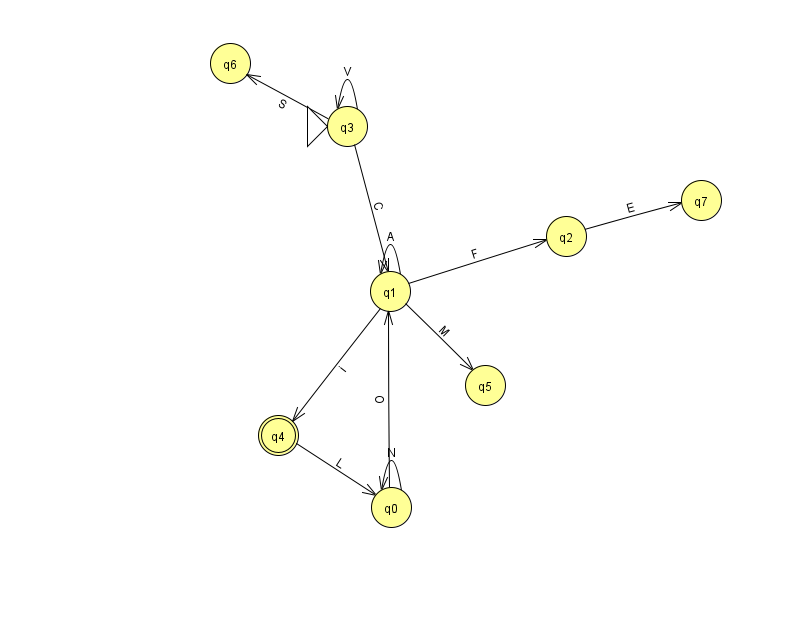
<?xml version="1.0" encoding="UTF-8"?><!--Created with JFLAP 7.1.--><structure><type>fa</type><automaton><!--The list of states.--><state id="0" name="q0"><x>391.0</x><y>494.0</y></state><state id="1" name="q1"><x>390.0</x><y>278.0</y></state><state id="2" name="q2"><x>566.0</x><y>223.0</y></state><state id="3" name="q3"><x>347.0</x><y>113.0</y><initial/></state><state id="4" name="q4"><x>278.0</x><y>422.0</y><final/></state><state id="5" name="q5"><x>485.0</x><y>372.0</y></state><state id="6" name="q6"><x>230.0</x><y>50.0</y></state><state id="7" name="q7"><x>701.0</x><y>187.0</y></state><!--The list of transitions.--><transition><from>3</from><to>1</to><read>C</read></transition><transition><from>1</from><to>1</to><read>A</read></transition><transition><from>3</from><to>6</to><read>S</read></transition><transition><from>3</from><to>3</to><read>V</read></transition><transition><from>2</from><to>7</to><read>E</read></transition><transition><from>1</from><to>4</to><read>i</read></transition><transition><from>1</from><to>5</to><read>M</read></transition><transition><from>4</from><to>0</to><read>L</read></transition><transition><from>0</from><to>1</to><read>O</read></transition><transition><from>0</from><to>0</to><read>N</read></transition><transition><from>1</from><to>2</to><read>F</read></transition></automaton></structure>